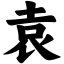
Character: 袁